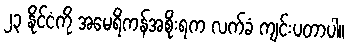
၂၃ နိုင်ငံကို အမေရိကန်အစိုးရက လက်ခံ ကျင်းပတာပါ။